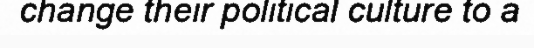
change their political culture to a